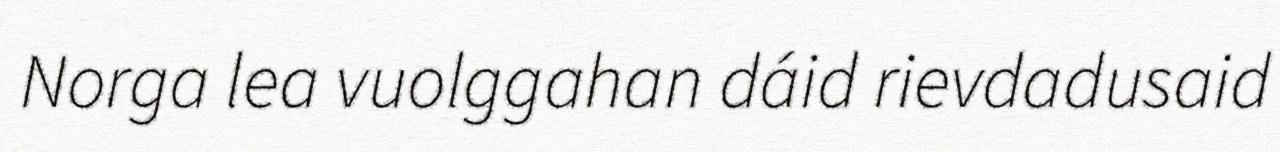
Norga lea vuolggahan dáid rievdadusaid